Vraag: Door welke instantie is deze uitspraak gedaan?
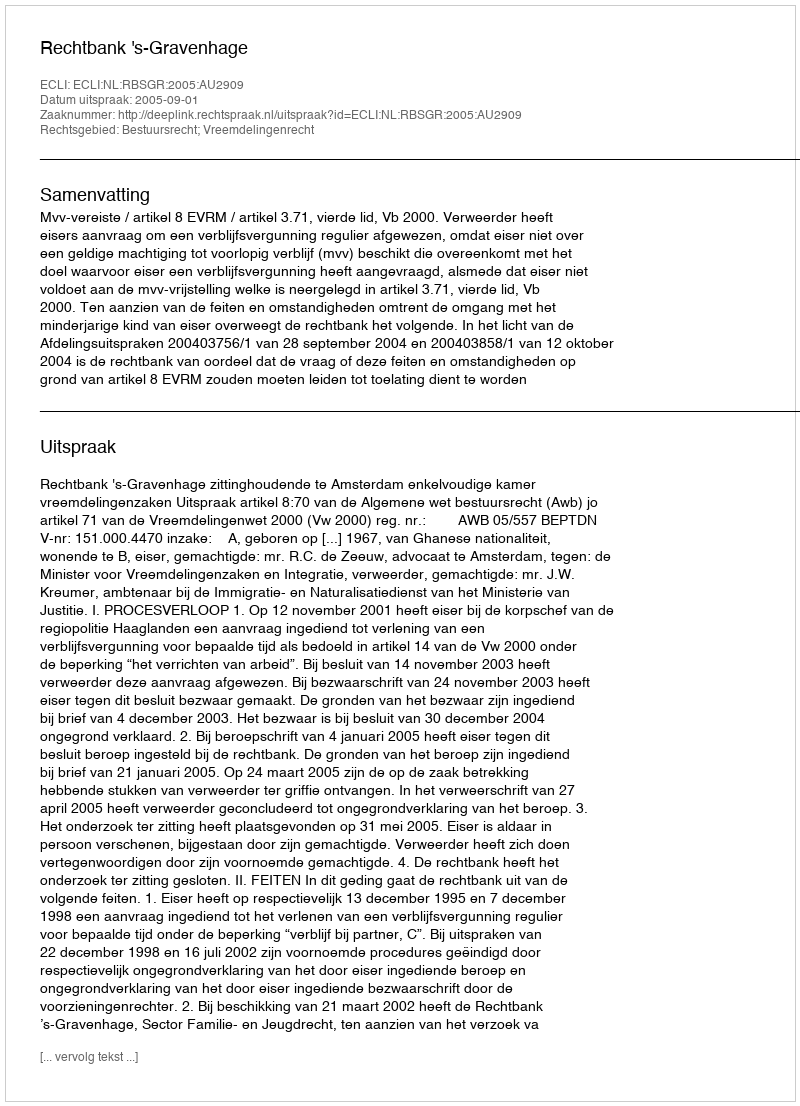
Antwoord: Rechtbank 's-Gravenhage